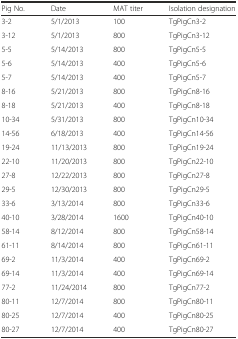
<table><thead><tr><td><b>Pig No.</b></td><td><b>Date</b></td><td><b>MAT titer</b></td><td><b>Isolation designation</b></td></tr></thead><tbody><tr><td>3-2</td><td>5/1/2013</td><td>100</td><td>TgPigCn3-2</td></tr><tr><td>3-12</td><td>5/1/2013</td><td>800</td><td>TgPigCn3-12</td></tr><tr><td>5-5</td><td>5/14/2013</td><td>800</td><td>TgPigCn5-5</td></tr><tr><td>5-6</td><td>5/14/2013</td><td>400</td><td>TgPigCn5-6</td></tr><tr><td>5-7</td><td>5/14/2013</td><td>400</td><td>TgPigCn5-7</td></tr><tr><td>8-16</td><td>5/21/2013</td><td>800</td><td>TgPigCn8-16</td></tr><tr><td>8-18</td><td>5/21/2013</td><td>400</td><td>TgPigCn8-18</td></tr><tr><td>10-34</td><td>5/31/2013</td><td>800</td><td>TgPigCn10-34</td></tr><tr><td>14-56</td><td>6/18/2013</td><td>400</td><td>TgPigCn14-56</td></tr><tr><td>19-24</td><td>11/13/2013</td><td>800</td><td>TgPigCn19-24</td></tr><tr><td>22-10</td><td>11/20/2013</td><td>800</td><td>TgPigCn22-10</td></tr><tr><td>27-8</td><td>12/22/2013</td><td>800</td><td>TgPigCn27-8</td></tr><tr><td>29-5</td><td>12/30/2013</td><td>800</td><td>TgPigCn29-5</td></tr><tr><td>33-6</td><td>3/13/2014</td><td>800</td><td>TgPigCn33-6</td></tr><tr><td>40-10</td><td>3/28/2014</td><td>1600</td><td>TgPigCn40-10</td></tr><tr><td>58-14</td><td>8/12/2014</td><td>800</td><td>TgPigCn58-14</td></tr><tr><td>61-11</td><td>8/14/2014</td><td>800</td><td>TgPigCn61-11</td></tr><tr><td>69-2</td><td>11/3/2014</td><td>400</td><td>TgPigCn69-2</td></tr><tr><td>69-14</td><td>11/3/2014</td><td>400</td><td>TgPigCn69-14</td></tr><tr><td>77-2</td><td>11/24/2014</td><td>800</td><td>TgPigCn77-2</td></tr><tr><td>80-11</td><td>12/7/2014</td><td>800</td><td>TgPigCn80-11</td></tr><tr><td>80-25</td><td>12/7/2014</td><td>400</td><td>TgPigCn80-25</td></tr><tr><td>80-27</td><td>12/7/2014</td><td>400</td><td>TgPigCn80-27</td></tr></tbody></table>